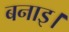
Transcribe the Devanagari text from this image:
बनाइ।